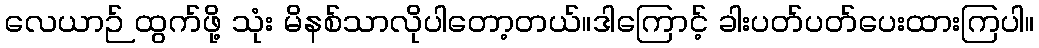
လေယာဉ် ထွက်ဖို့ သုံး မိနစ်သာလိုပါတော့တယ်။ဒါကြောင့် ခါးပတ်ပတ်ပေးထားကြပါ။